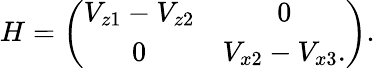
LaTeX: H=\left(\begin{array}{cc}{V_{z1}-V_{z2}}&{0}\\ {0}&{V_{x2}-V_{x3}.}\end{array}\right).